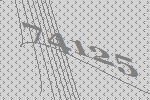
74125